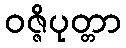
ဝဇ္ဇိပုတ္တာ